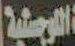
اللوجستية